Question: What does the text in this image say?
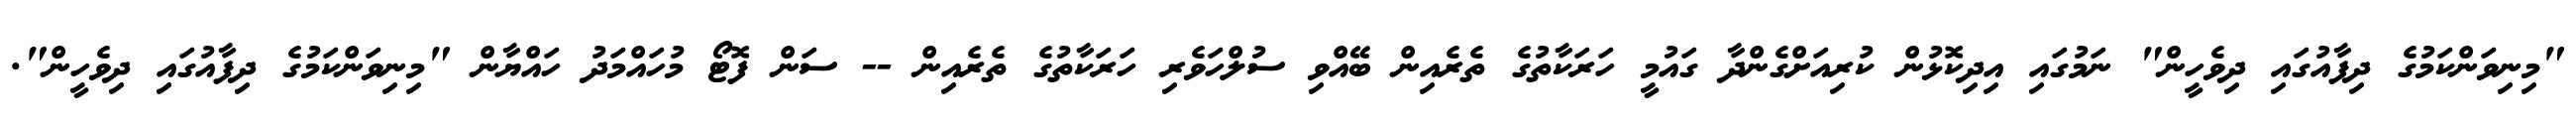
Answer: "މިނިވަންކަމުގެ ދިފާއުގައި ދިވެހީން" ނަމުގައި އިދިކޮޅުން ކުރިއަށްގެންދާ ގައުމީ ހަރަކާތުގެ ތެރެއިން ބޭއްވި ސުލްހަވެރި ހަރަކާތުގެ ތެރެއިން -- ސަން ފޮޓޯ މުހައްމަދު ހައްޔާން "މިނިވަންކަމުގެ ދިފާއުގައި ދިވެހީން".